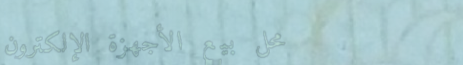
محل بيع الأجهزة الإلكترون